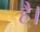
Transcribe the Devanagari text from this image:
है्।